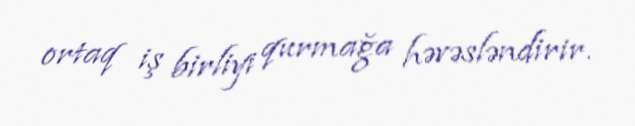
ortaq iş birliyi qurmağa həvəsləndirir.